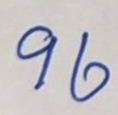
96